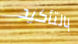
بالتأكيد